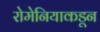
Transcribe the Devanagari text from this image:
रोमेनियाकडून